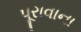
પૂરાવાના